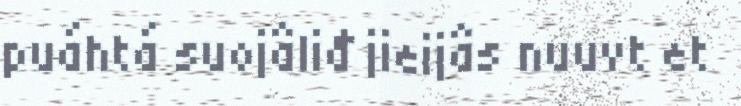
puáhtá suojâliđ jieijâs nuuvt et